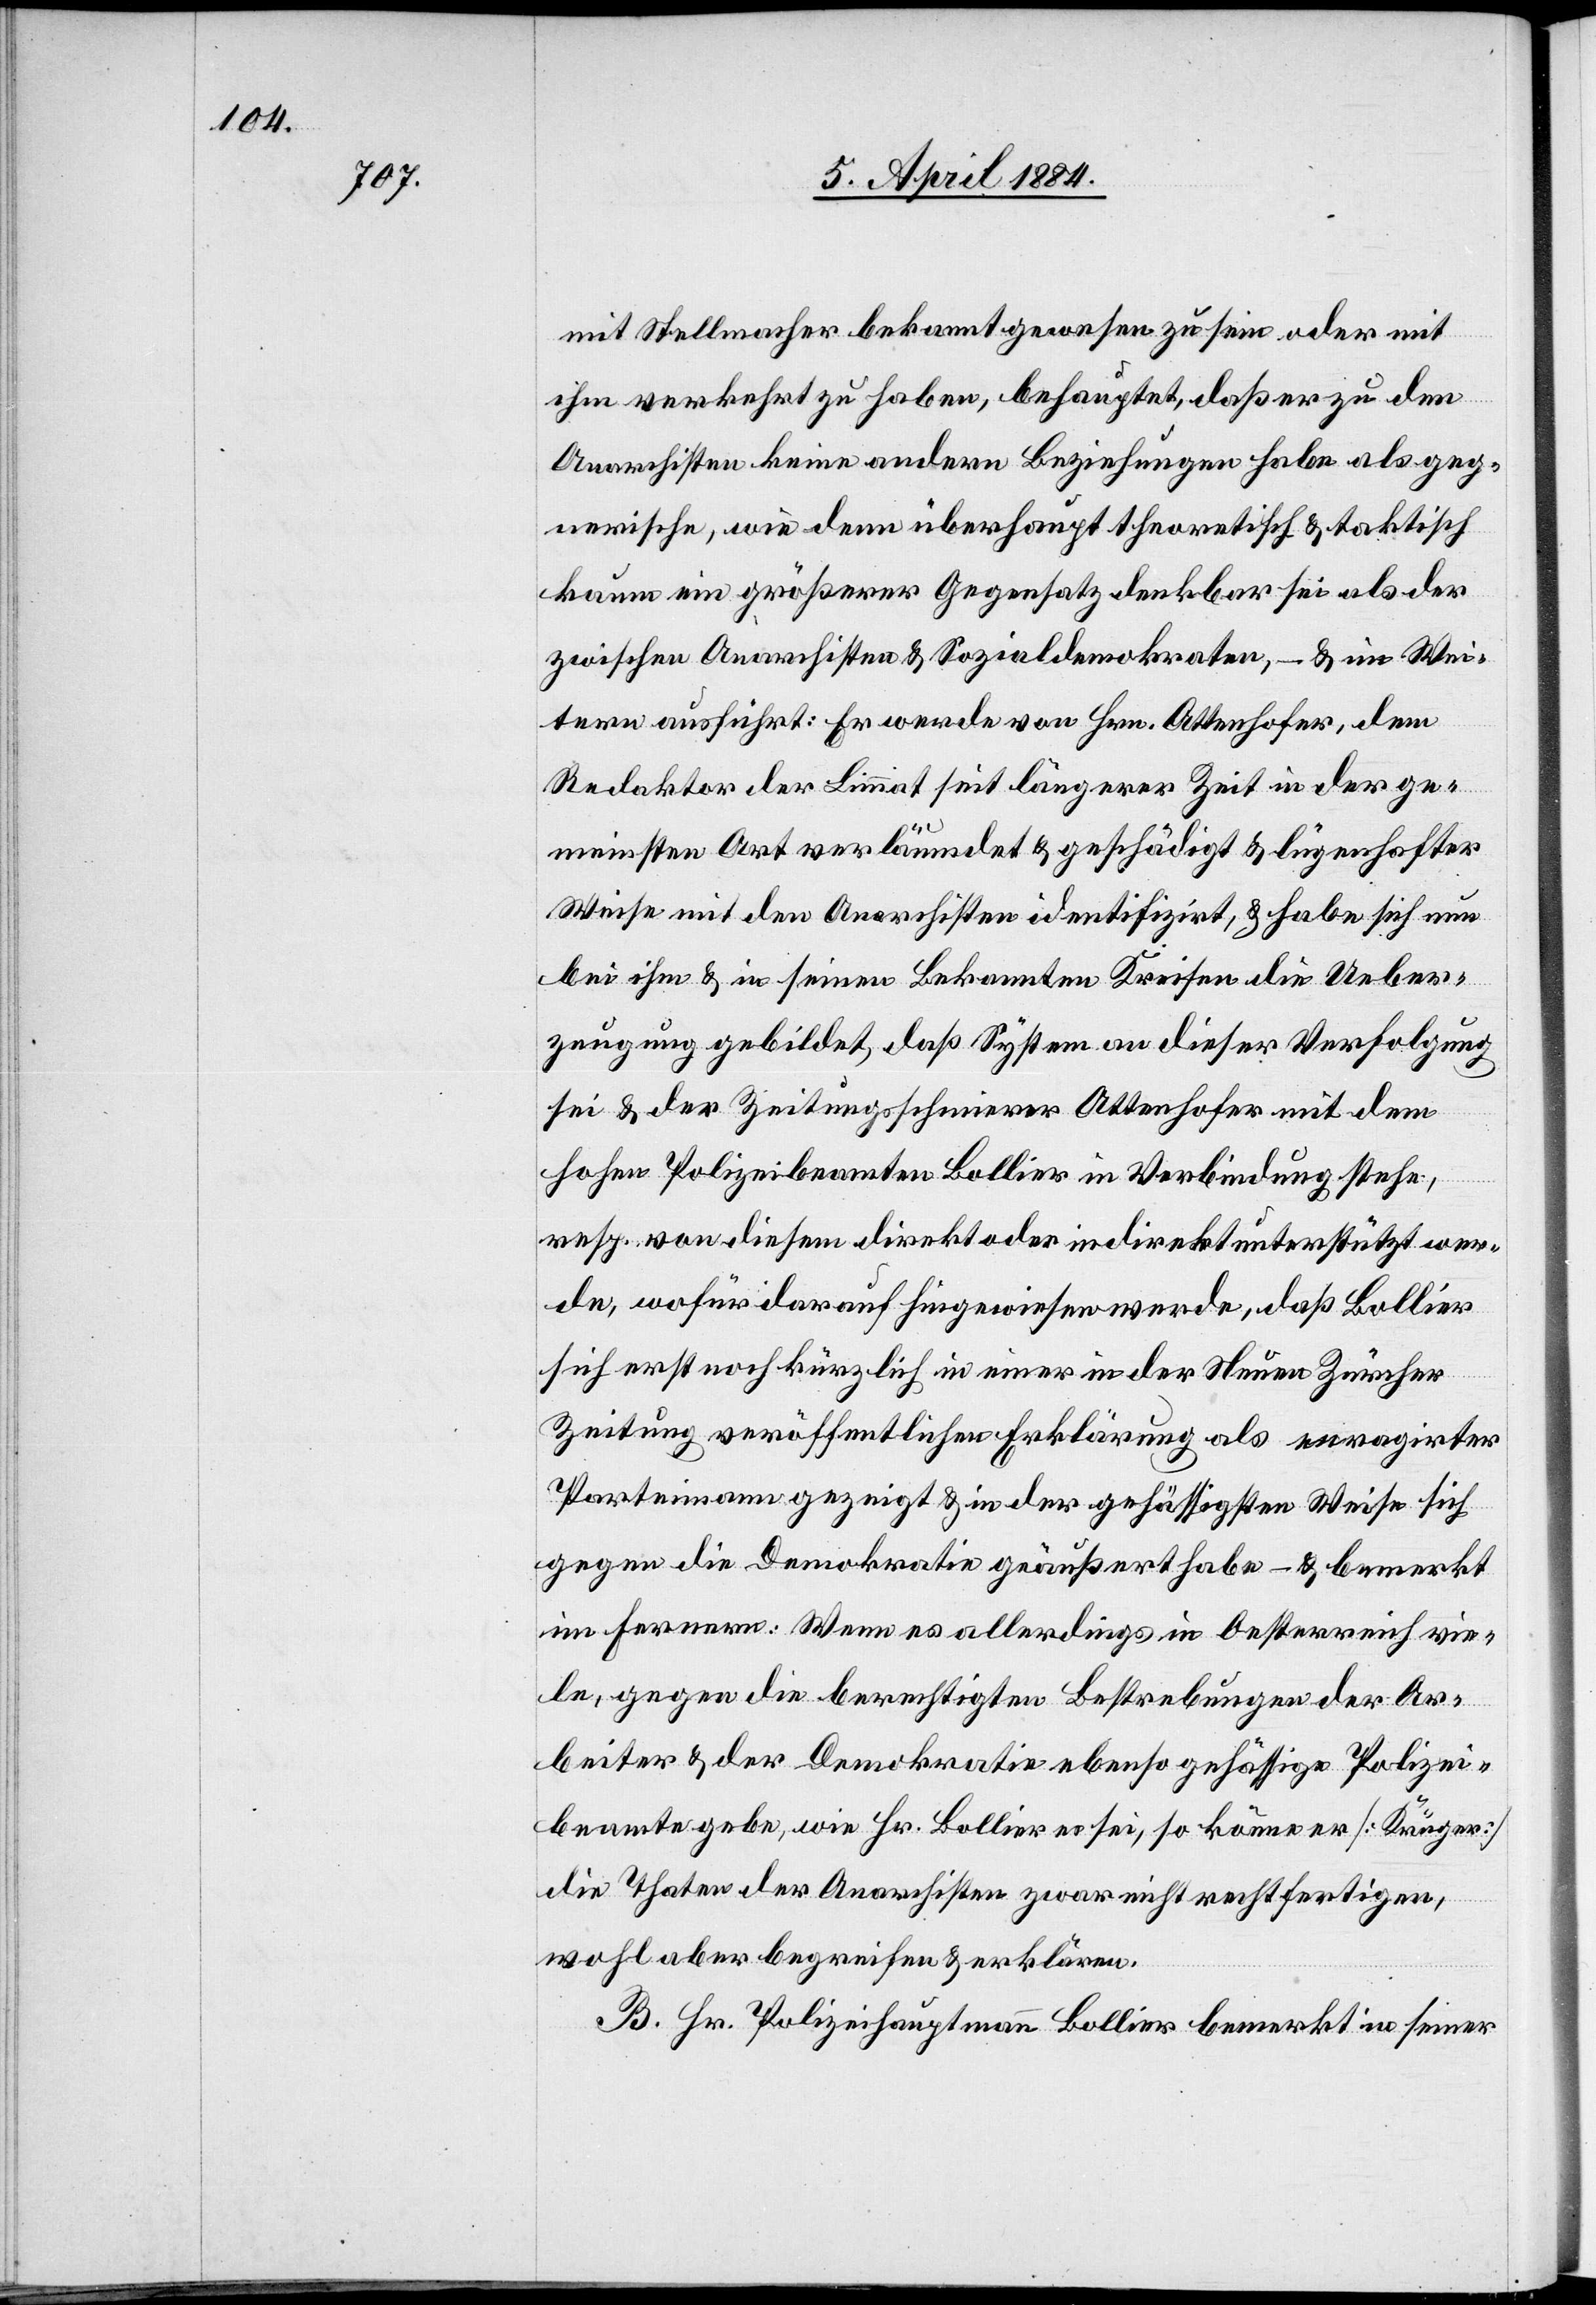
mit Stellmacher bekannt gewesen zu sein oder mit
ihm verkehrt zu haben, behauptet, daß er zu den
Anarchisten keine andere Beziehungen habe als geg¬
nerische, wie dem überhaupt theoretisch & faktisch
kaum ein größerer Gegensatz denkbar sei als der
zwischen Anarchisten & Sozialdemokraten, – & im Wei¬
tern ausführt: Er werde von Hrn. Attenhofer, dem
Redaktor der Limmat seit längerer Zeit in der ge¬
meinsten Art verläumdet & geschädigt & lügenhafter
Weise mit den Anarchisten identifizirt, & habe sich nun
bei ihm & in seinen Bekannten Kreisen die Ueber¬
zeugung gebildet, daß System an dieser Verfolgung
sei & der Zeitungsschmierer Attenhofer mit dem
hohen Polizeibeamten Bollier in Verbindung stehe,
resp. von diesem direkt oder indirekt unterstützt wer¬
de, wofür darauf hingewiesen werde, daß Bollier
sich erst noch kürzlich in einer in der Neuen Zürcher
Zeitung veröffentlichen [sic!] Erklärung als enragirter
Parteimann gezeigt & in der gehässigsten Weise sich
gegen die Demokratie geäußert habe – & bemerkt
im Fernern: Wenn es allerdings in Oesterreich vie¬
le, gegen die berechtigten Bestrebungen der Ar¬
beiter & der Demokratie ebenso gehässige Polizei¬
beamte gebe, wie Hr. Bollier es sei, so könne er [Krüger]
die Thaten der Anarchisten zwar nicht rechtfertigen,
wohl aber begreifen & erklären.
B. Hr. Polizeihauptmann Bollier bemerkt in seiner